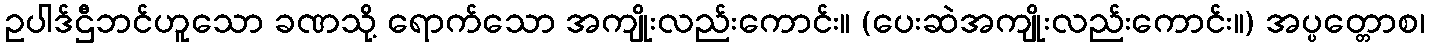
ဥပါဒ်ဌီဘင်ဟူသော ခဏသို့ ရောက်သော အကျိုးလည်းကောင်း။ (ပေးဆဲအကျိုးလည်းကောင်း။) အပ္ပတ္တောစ၊